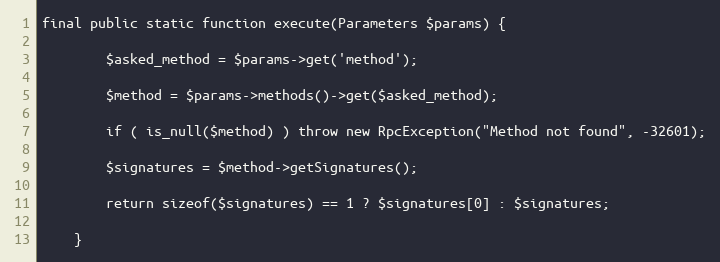
Language: PHP
final public static function execute(Parameters $params) {

        $asked_method = $params->get('method');

        $method = $params->methods()->get($asked_method);

        if ( is_null($method) ) throw new RpcException("Method not found", -32601);

        $signatures = $method->getSignatures();

        return sizeof($signatures) == 1 ? $signatures[0] : $signatures;

    }